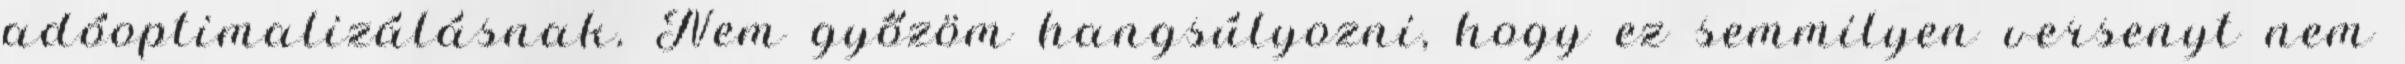
adóoptimalizálásnak. Nem győzöm hangsúlyozni, hogy ez semmilyen versenyt nem